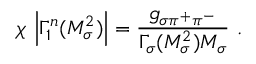
\chi \, \left| \Gamma _ { 1 } ^ { n } ( M _ { \sigma } ^ { 2 } ) \right| = \frac { g _ { \sigma \pi ^ { + } \pi ^ { - } } } { \Gamma _ { \sigma } ( M _ { \sigma } ^ { 2 } ) M _ { \sigma } } ~ .